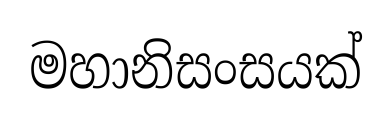
මහානිසංසයක්